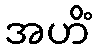
အဟိံ